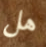
هل